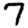
Digit: 7